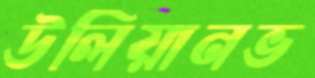
উলিয়ানভ